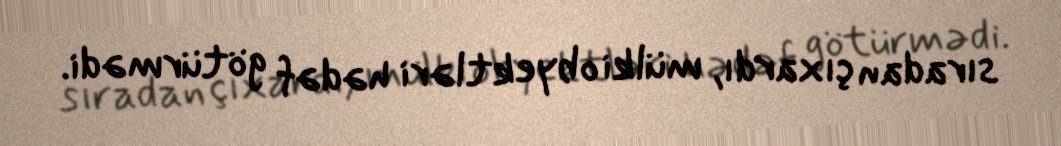
sıradan çıxardı, mülki obyektləri hədəf götürmədi.